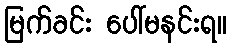
မြက်ခင်း ပေါ်မနင်းရ။